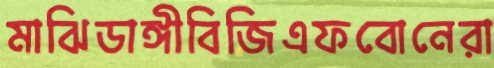
মাঝিডাঙ্গীবিজিএফবোনেরা